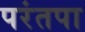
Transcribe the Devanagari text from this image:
परंतपा